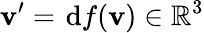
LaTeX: \boldsymbol{\mathbf{v}}^{\prime}=\; \! \mathrm{{d}}f(\boldsymbol{\mathbf{v}})\in\mathbb{{R}}^{3}